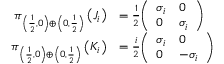
{ \begin{array} { r l } { \pi _ { \left( { \frac { 1 } { 2 } } , 0 \right) \oplus \left( 0 , { \frac { 1 } { 2 } } \right) } \left( J _ { i } \right) } & { = { \frac { 1 } { 2 } } { \left( \begin{array} { l l } { \sigma _ { i } } & { 0 } \\ { 0 } & { \sigma _ { i } } \end{array} \right) } } \\ { \pi _ { \left( { \frac { 1 } { 2 } } , 0 \right) \oplus \left( 0 , { \frac { 1 } { 2 } } \right) } \left( K _ { i } \right) } & { = { \frac { i } { 2 } } { \left( \begin{array} { l l } { \sigma _ { i } } & { 0 } \\ { 0 } & { - \sigma _ { i } } \end{array} \right) } } \end{array} }